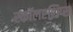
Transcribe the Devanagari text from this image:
स्कॉलरशिप्स